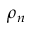
\rho _ { n }